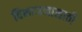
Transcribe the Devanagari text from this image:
विभाजनासाठी